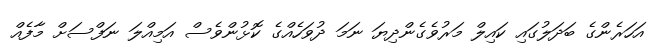
އަހަރެންގެ ބަދަލުގައި ކައިލް މަރުވެގެންދިޔަ ނަމަ ދުވަހެއްގެ ކޮޅުންވެސް އަމިއްލަ ނަފްސަށް މާފެއް